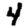
Digit: 4